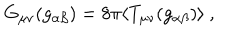
LaTeX: G _ { \mu \nu } ( g _ { \alpha \beta } ) = 8 \pi \langle T _ { \mu \nu } ( g _ { \alpha \beta } ) \rangle \ ,